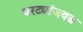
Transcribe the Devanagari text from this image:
घरट्यांजवळ